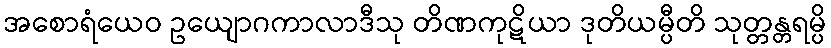
အစောရံယေဝ ဥယျောဂကာလာဒီသု တိဏကုဋိယာ ဒုတိယမ္ပီတိ သုတ္တန္တရမ္ပိ